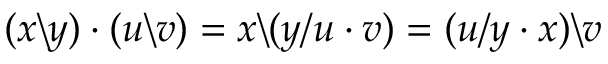
( x \backslash y ) \cdot ( u \backslash v ) = x \backslash ( y / u \cdot v ) = ( u / y \cdot x ) \backslash v